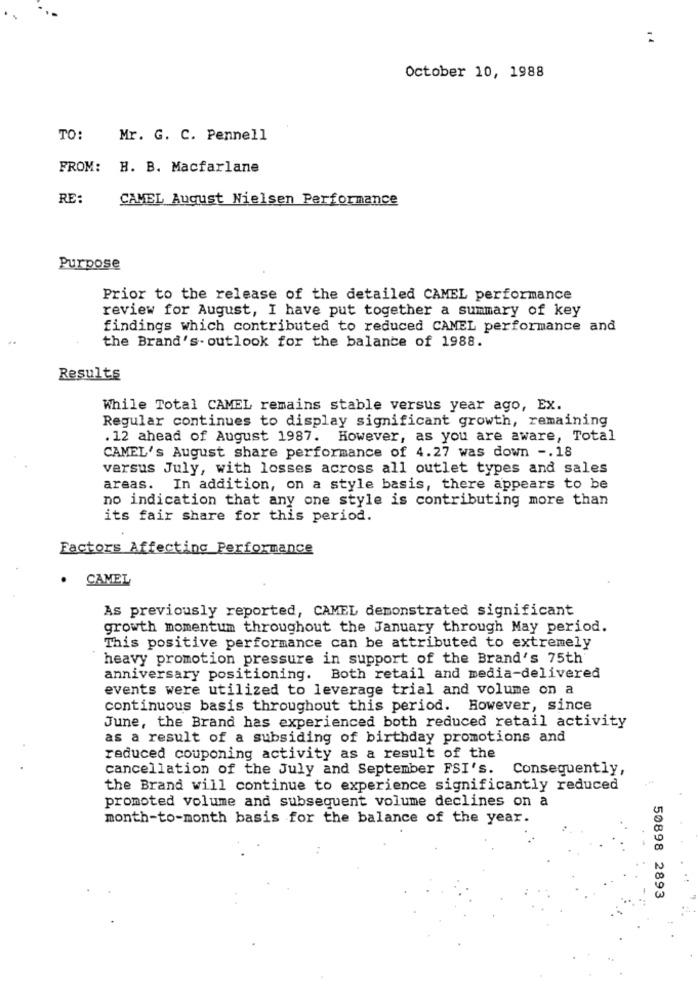
:
October 10, 1988
TO:
Mr. G. C. Pennell
FROM: H. B. Macfarlane
RE:
CAMEL August Nielsen Performance
Purpose
Prior to the release of the detailed CAMEL performance
review for August, I have put together a summary of key
findings which contributed to reduced CAMEL performance and
..
the Brand's. outlook for the balance of 1988.
Results
While Total CAMEL remains stable versus year ago, EX.
Regular continues to display significant growth, remaining
. 12 ahead of August 1987. However, as you are aware, Total
CAMEL's August share performance of 4.27 was down -. 18
versus July, with losses across all outlet types and sales
areas. In addition, on a style basis, there appears to be
no indication that any one style is contributing more than
its fair share for this period.
Factors Affecting Performance
. CAMEL
As previously reported, CAMEL demonstrated significant
growth momentum throughout the January through May period.
This positive performance can be attributed to extremely
heavy promotion pressure in support of the Brand's 75th
anniversary positioning. Both retail and media-delivered
events were utilized to leverage trial and volume on a
continuous basis throughout this period. However, since
June, the Brand has experienced both reduced retail activity
as a result of a subsiding of birthday promotions and
reduced couponing activity as a result of the
cancellation of the July and September FSI's. Consequently,
the Brand will continue to experience significantly reduced
promoted volume and subsequent volume declines on a
month-to-month basis for the balance of the year.
50898 2893